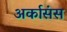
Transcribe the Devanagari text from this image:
अर्कासंस